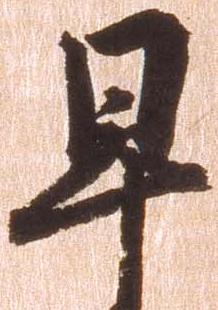
早